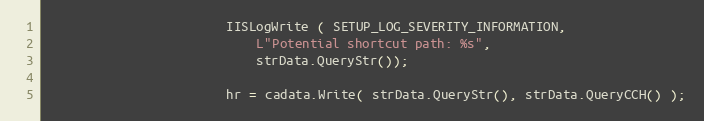
Language: C++
						IISLogWrite ( SETUP_LOG_SEVERITY_INFORMATION,
							L"Potential shortcut path: %s",
							strData.QueryStr());

						hr = cadata.Write( strData.QueryStr(), strData.QueryCCH() );